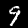
Digit: 9